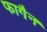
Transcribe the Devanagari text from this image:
फागैन